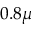
0 . 8 \mu